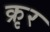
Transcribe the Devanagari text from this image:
क्रृर